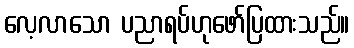
လေ့လာသော ပညာရပ်ဟုဖော်ပြထားသည်။